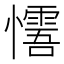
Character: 𢤓